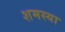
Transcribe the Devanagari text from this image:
शमस्या